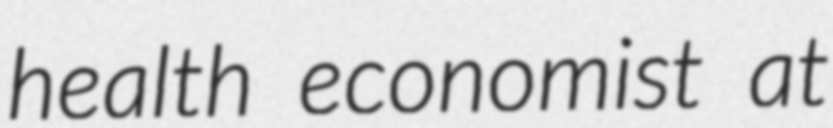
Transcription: health economist at